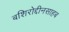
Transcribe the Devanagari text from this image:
बशिरोद्दीनसाहब